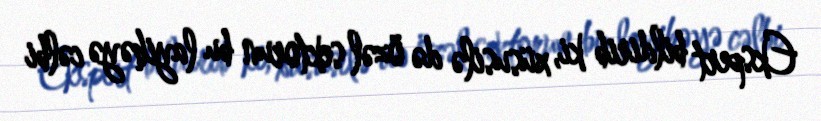
Ekspert bildirib ki, xüsusilə də özəl sektorun bu layihəyə cəlbi